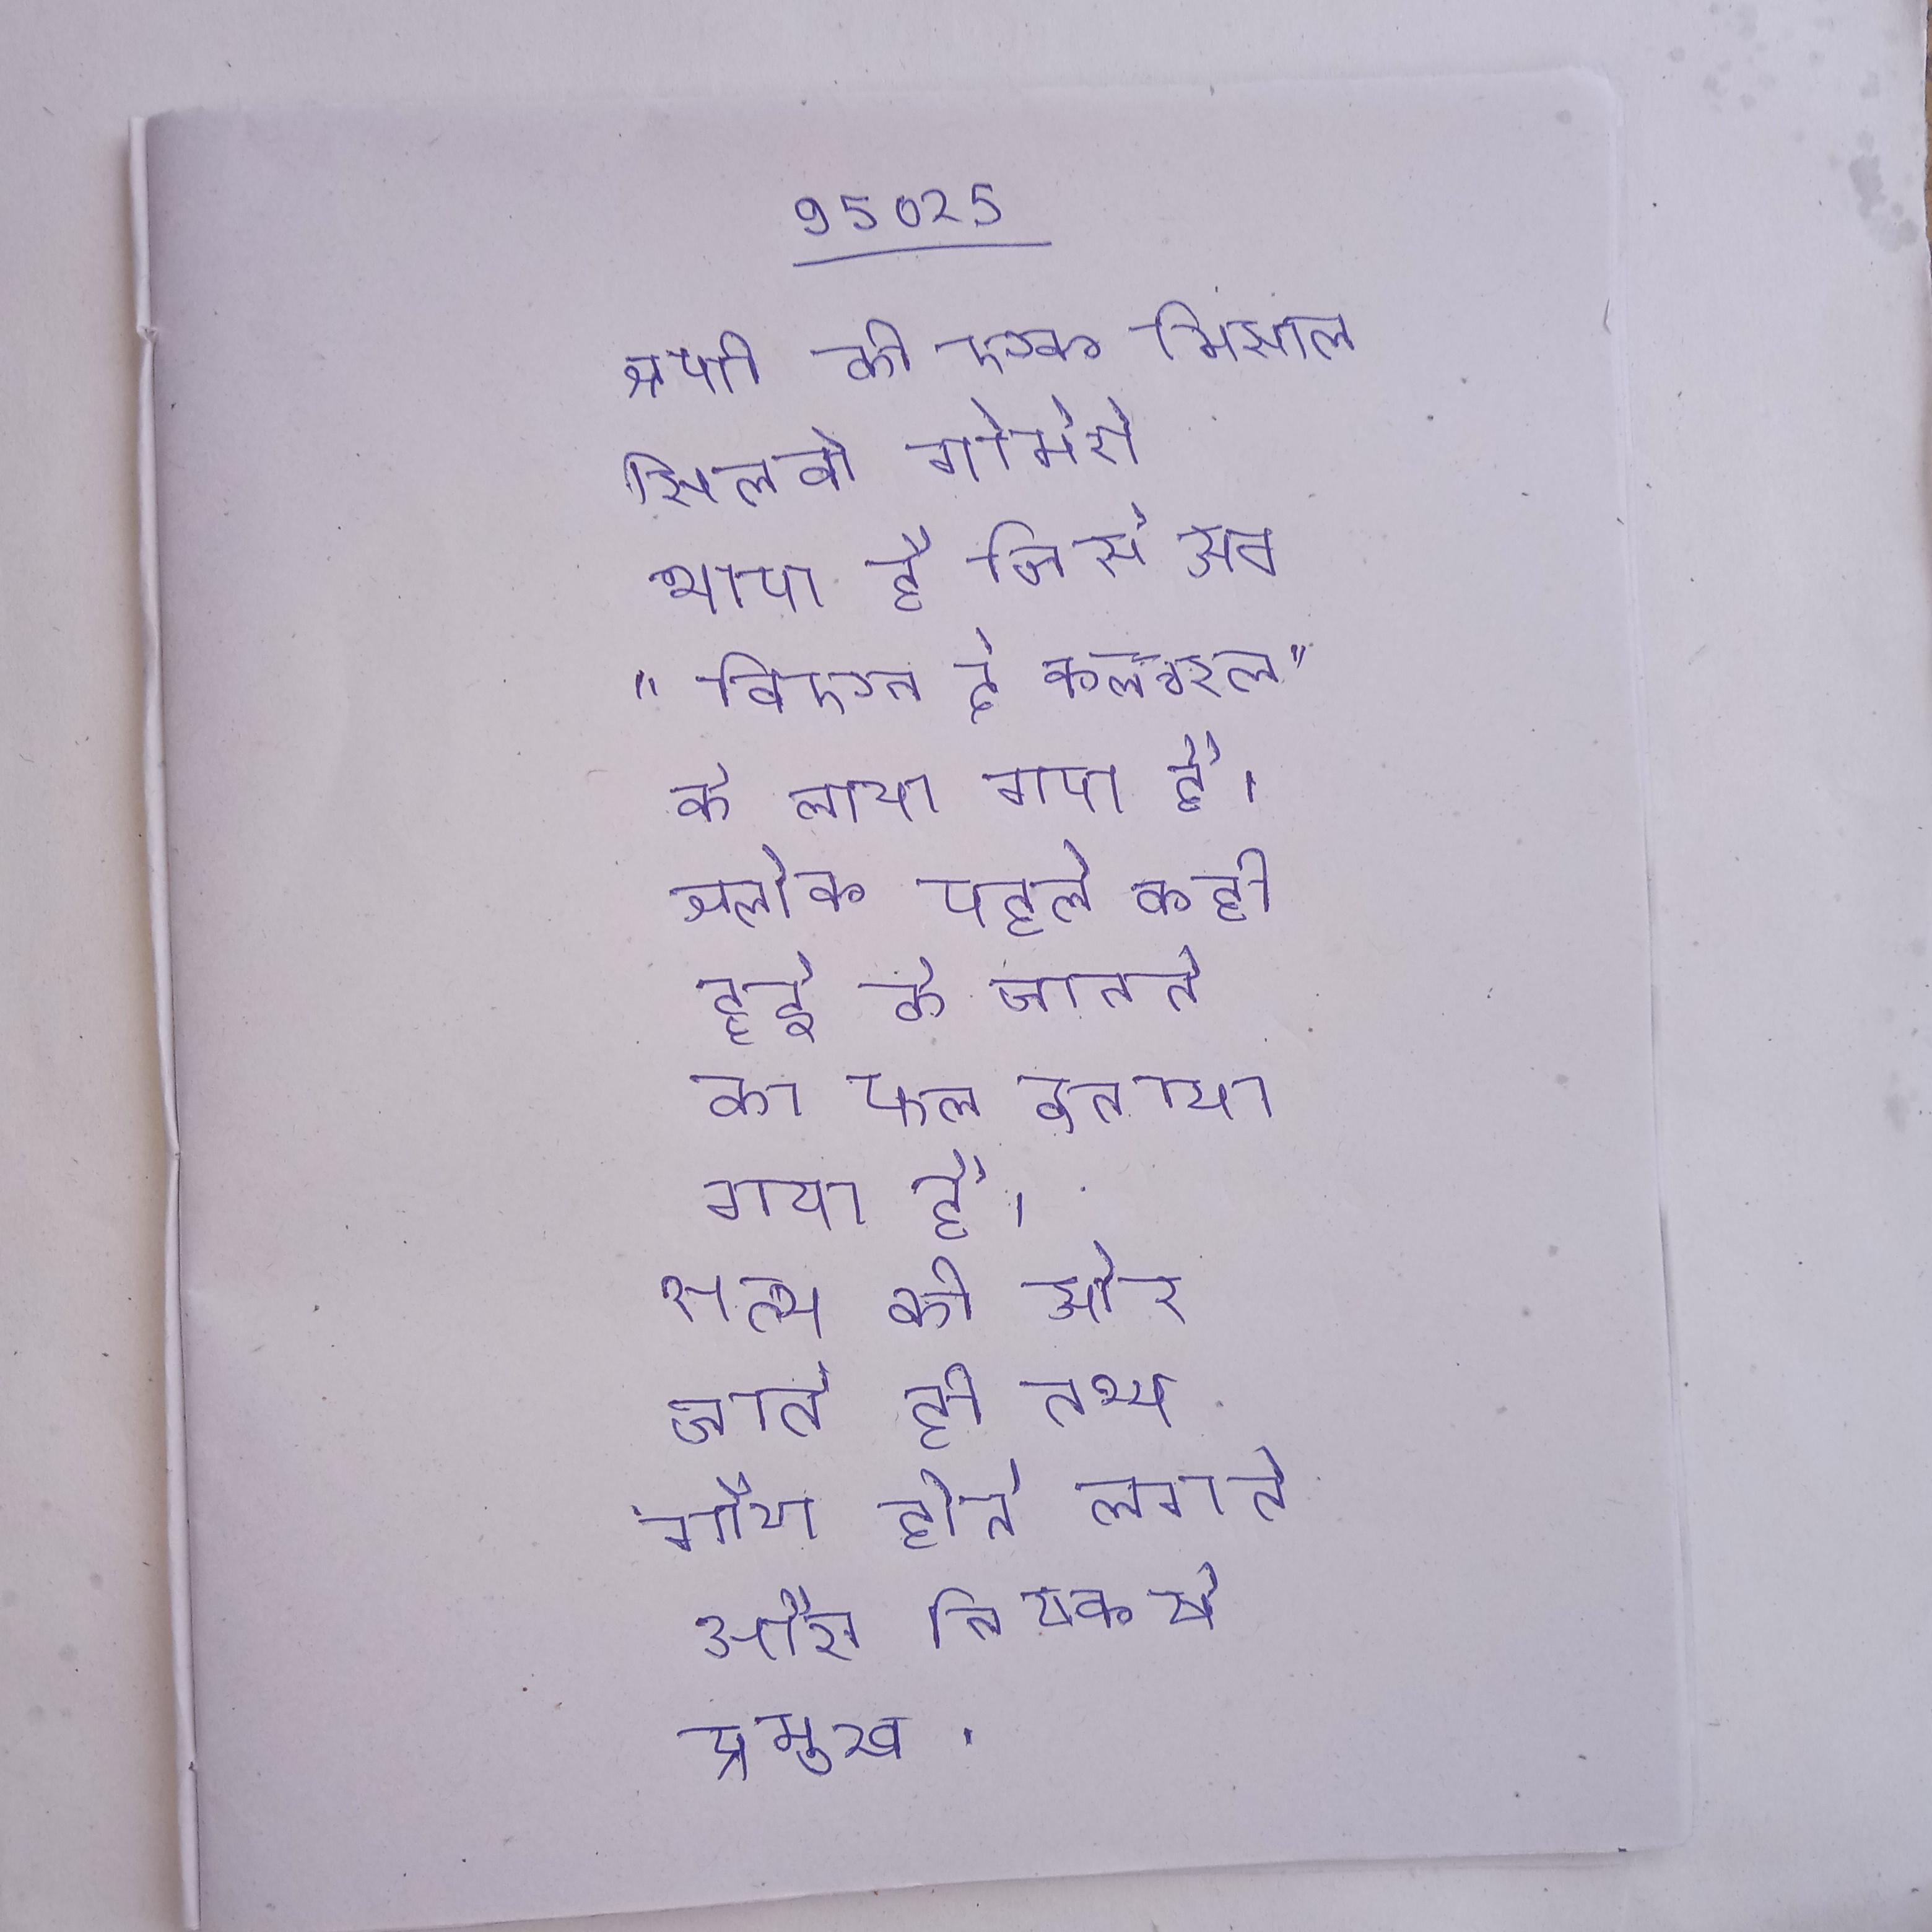
श्रेणी की एक मिसाल सिलबो गोमेरो भाषा है जिसे अब "बिएन दे कल्चरल" के लाया गया है । श्लोक पहले कही हुई के जानने का फल बताया गया है । सत्य की ओर जाते ही तथ्य गौण होने लगते और निष्कर्ष प्रमुख ।